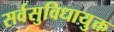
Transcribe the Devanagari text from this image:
सर्वसुविधायुक्त